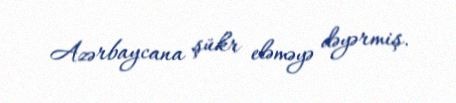
Azərbaycana şükr eləməyə dəyərmiş.